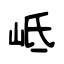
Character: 岻